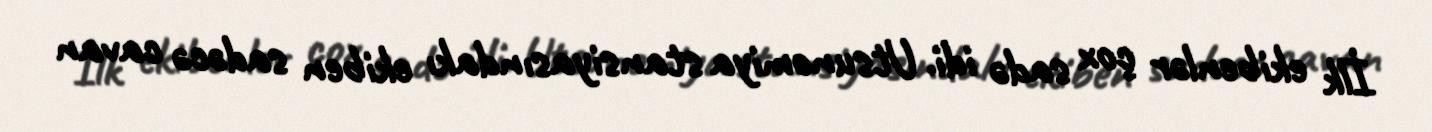
İlk ekibenlər çox sadə idi. Utsunomiya stansiyasındakı ekiben sadəcə cavan